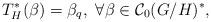
LaTeX: \begin{align*}T_H^*(\beta)=\beta_q,\ \forall \beta\in\mathcal{C}_0(G/H)^*,\end{align*}